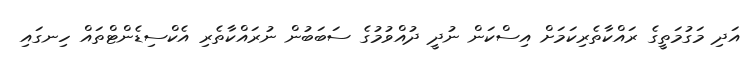
އަދި މަގުމަތީގެ ރައްކާތެރިކަމަށް އިސްކަން ނުދީ ދުއްވުމުގެ ސަބަބުން ނުރައްކާތެރި އެކްސިޑެންޓްތައް ހިނގައި